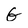
Character: G